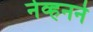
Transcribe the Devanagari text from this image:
नेव्हनने